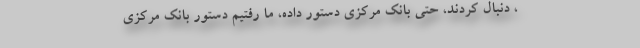
، دنبال کردند، حتی بانک مرکزی دستور داده، ما رفتیم دستور بانک مرکزی